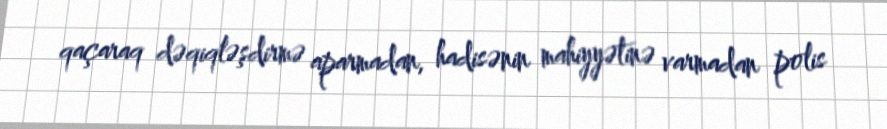
qaçaraq dəqiqləşdirmə aparmadan, hadisənin mahiyyətinə varmadan polis